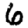
Digit: 6